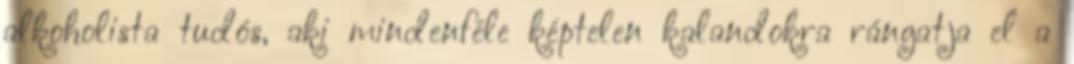
alkoholista tudós, aki mindenféle képtelen kalandokra rángatja el a